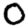
Digit: 0